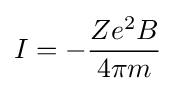
I=-{\frac {Ze^{2}B}{4\pi m}}